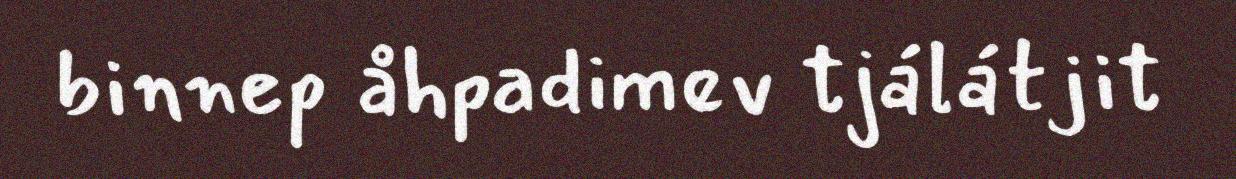
binnep åhpadimev tjálátjit